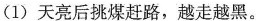
(1) 天亮后挑煤赶路，越走越黑。